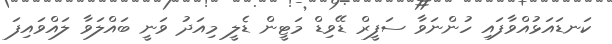
ކަނޑައަޅުއްވާފައި ހުންނަވާ ސަފީރް ޑޭވިޑް މަޓީން ޑެލީ މިއަދު ވަނީ ބައްލަވާ ލައްވައިފަ